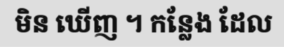
មិន ឃើញ ។ កន្លែង ដែល